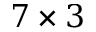
7 \times 3